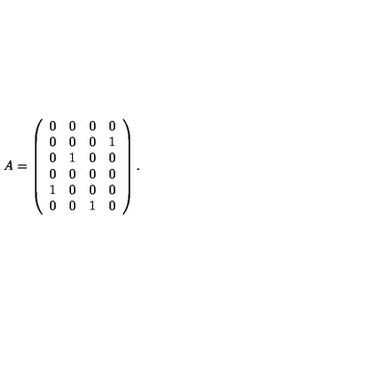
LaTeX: A = \left( \begin{array} { c c c c } { 0 } & { 0 } & { 0 } & { 0 } \\ { 0 } & { 0 } & { 0 } & { 1 } \\ { 0 } & { 1 } & { 0 } & { 0 } \\ { 0 } & { 0 } & { 0 } & { 0 } \\ { 1 } & { 0 } & { 0 } & { 0 } \\ { 0 } & { 0 } & { 1 } & { 0 } \\ \end{array} \right) .